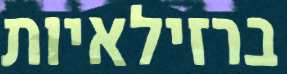
ברזילאיות